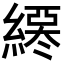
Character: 𦄖